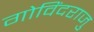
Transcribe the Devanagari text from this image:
गोविंदराजु